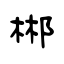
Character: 郴